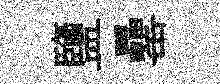
鹽罍